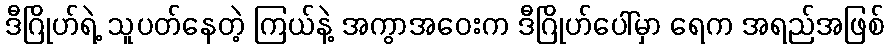
ဒီဂြိုဟ်ရဲ့ သူပတ်နေတဲ့ ကြယ်နဲ့ အကွာအဝေးက ဒီဂြိုဟ်ပေါ်မှာ ရေက အရည်အဖြစ်